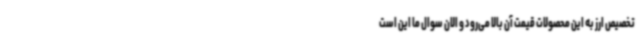
تخصیص ارز به این محصولات قیمت آن بالا می‌رود و الان سوال ما این است